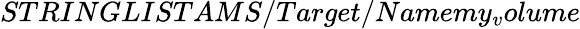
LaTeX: STRINGLISTAMS/Target/Namemy_{v}olume